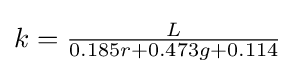
{\textstyle k={\frac {L}{0.185r+0.473g+0.114}}}